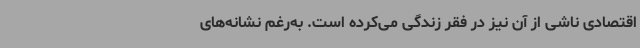
اقتصادی ناشی از آن نیز در فقر زندگی می‌کرده است. به‌رغم نشانه‌های